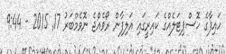
ހައިފާގެ ހޮސްޕިޓަލެއްގެ ކައިރީގައި އަލިފާން ރޯވެއްޖެ ނޮވެމްބަރު 17